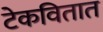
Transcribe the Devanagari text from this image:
टेकवितात